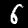
Label: 6